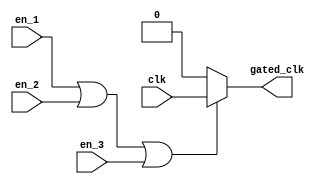
module clock_gating (
    input wire clk,                // Main clock signal
    input wire en_1,              // Enable signal 1
    input wire en_2,              // Enable signal 2
    input wire en_3,              // Enable signal 3 (and so on, you can add more)
    // You can add more enable signals as necessary
    output wire gated_clk         // Gated clock signal
);

// Internal wire to hold the combined enable signal
wire enable_combined;

// OR gate to combine enable signals
assign enable_combined = en_1 | en_2 | en_3;  // Continue to add more enable signals as needed

// Gated clock logic
assign gated_clk = (enable_combined) ? clk : 1'b0;  // If enabled, pass clk; otherwise, output 0

endmodule